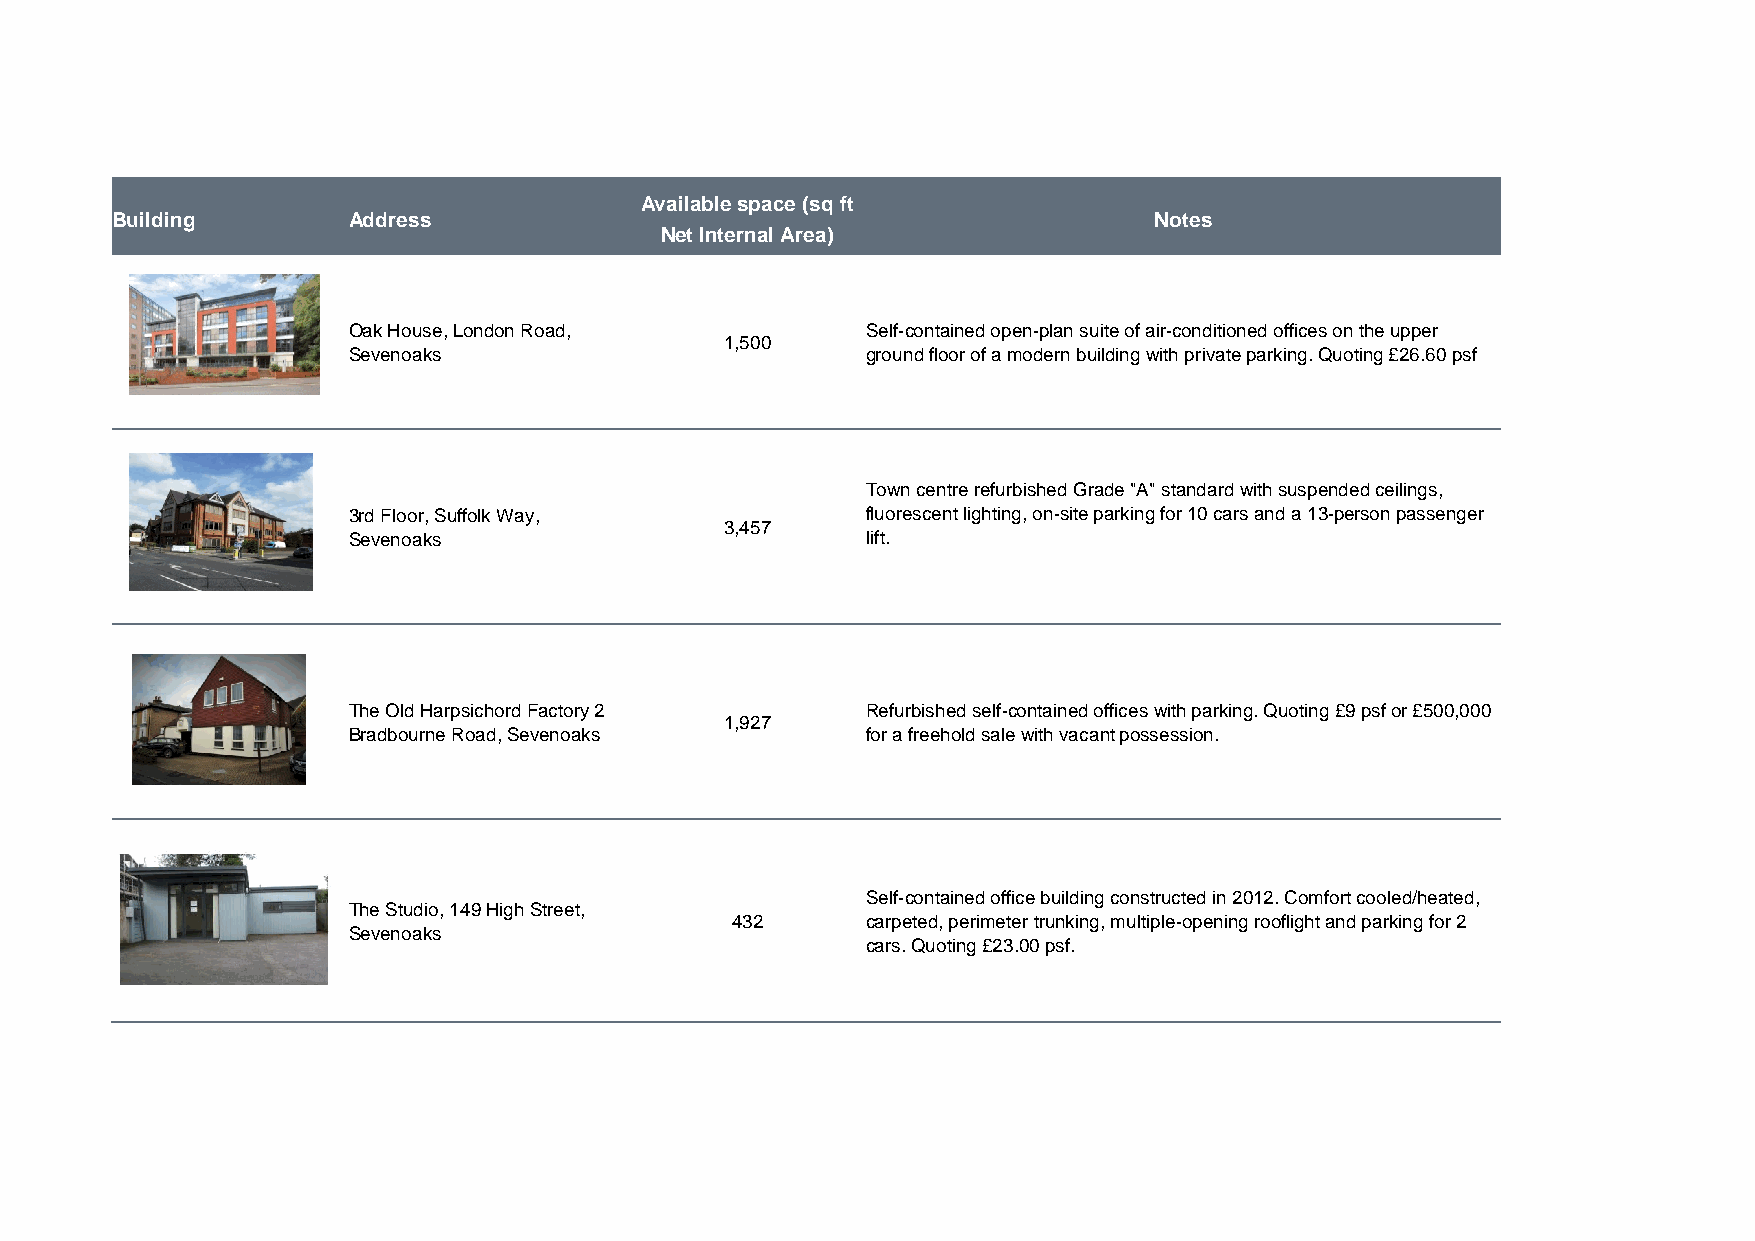
Available space (sq ft
 Building        Address                                              Notes
 Net Internal Area)
 Oak House, London Road,           Self-contained open-plan suite of air-conditioned offices on the upper
 1,500
 Sevenoaks                         ground floor of a modern building with private parking. Quoting £26.60 psf
 Town centre refurbished Grade "A" standard with suspended ceilings,
 3rd Floor, Suffolk Way,           fluorescent lighting, on-site parking for 10 cars and a 13-person passenger
 3,457
 Sevenoaks                         lift.
 The Old Harpsichord Factory 2     Refurbished self-contained offices with parking. Quoting £9 psf or £500,000
 1,927
 Bradbourne Road, Sevenoaks        for a freehold sale with vacant possession.
 Self-contained office building constructed in 2012. Comfort cooled/heated,
 The Studio, 149 High Street,
 432      carpeted, perimeter trunking, multiple-opening rooflight and parking for 2
 Sevenoaks
 cars. Quoting £23.00 psf.